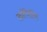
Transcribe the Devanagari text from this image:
कांपिलि